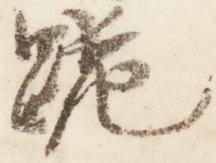
跪